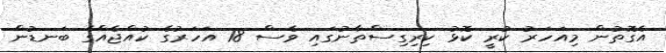
އެގޮތުން މިއަހަރު ކުރީ ކޮޅު ކިރިގިސްތާނުގައި ވެސް 18 އަހަރުގެ ކުއްޖެއްގެ ބަނޑުން